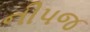
નીપજ